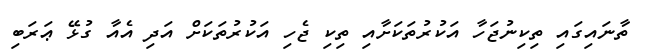
ތާނައިގައި ތިކިނުޖަހާ އަކުރުތަކަށާއި ތިކި ޖެހި އަކުރުތަކަށް އަދި އެއާ ގުޅޭ ޢަރަބި